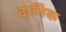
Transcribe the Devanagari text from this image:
दानिक